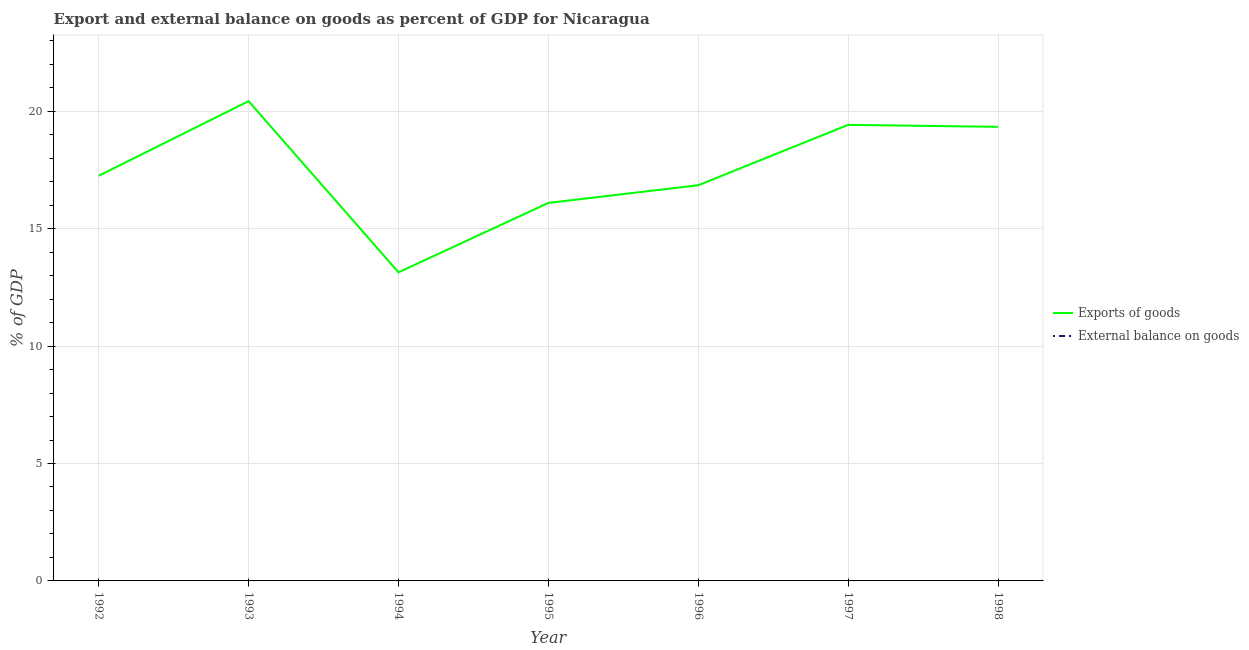
| Year | Exports of goods | External balance on goods |
 | --- | --- | --- |
 | 1992 | 17.3 | -36 |
 | 1993 | 20.4 | -27.4 |
 | 1994 | 13.1 | -12.8 |
 | 1995 | 16.1 | -11.8 |
 | 1996 | 16.8 | -14.8 |
 | 1997 | 19.4 | -19.2 |
 | 1998 | 19.3 | -18.3 |